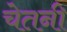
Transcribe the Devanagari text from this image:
चेतनी